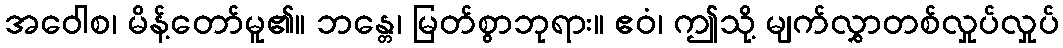
အဝေါစ၊ မိန့်တော်မူ၏။ ဘန္တေ၊ မြတ်စွာဘုရား။ ဧဝံ၊ ဤသို့ မျက်လွှာတစ်လှုပ်လှုပ်